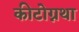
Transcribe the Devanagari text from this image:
कीटोग्नथा